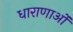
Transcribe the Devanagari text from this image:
धाराणाओं